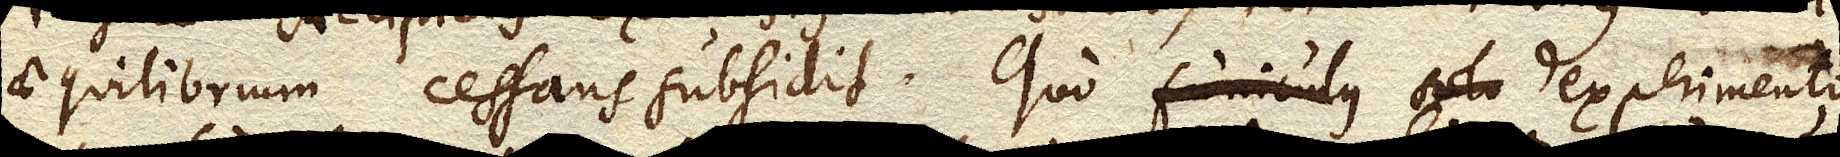
aequilibrium cessans subsidit. Quo experimento